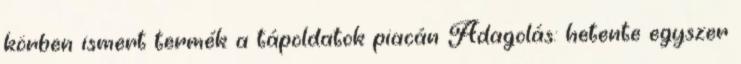
körben ismert termék a tápoldatok piacán Adagolás: hetente egyszer